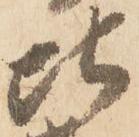
比